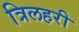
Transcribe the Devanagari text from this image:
त्रिलहरी